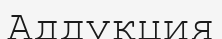
Аддукция